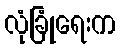
လုံခြုံရေးက